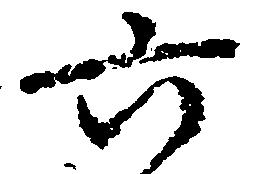
六